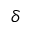
\delta